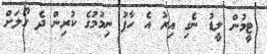
ޓީމުން ލީޑު ނެގި އިރު އެ ހާފު ނިމުމުގެ ކުރިން ދެ ގޯލަށް